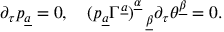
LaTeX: \partial _ { \tau } p _ { \underline { { a } } } = 0 , \quad ( p _ { \underline { { a } } } \Gamma ^ { \underline { { a } } } ) _ { ~ ~ \underline { { \beta } } } ^ { \underline { { \alpha } } } \partial _ { \tau } \theta ^ { \underline { { \beta } } } = 0 .